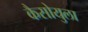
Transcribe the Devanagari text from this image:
कैसोयुला